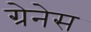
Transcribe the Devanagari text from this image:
ग्रेनेस